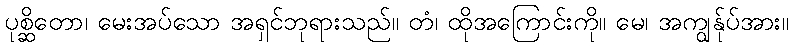
ပုစ္ဆိတော၊ မေးအပ်သော အရှင်ဘုရားသည်။ တံ၊ ထိုအကြောင်းကို။ မေ၊ အကျွန်ုပ်အား။